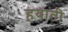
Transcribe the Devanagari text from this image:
हयाती